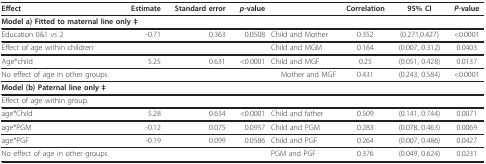
<table><thead><tr><td><b>Effect</b></td><td><b>Estimate</b></td><td><b>Standard error</b></td><td><b><i>p</i>-value</b></td><td></td><td><b>Correlation</b></td><td><b>95% CI</b></td><td><b><i>P</i>-value</b></td></tr></thead><tbody><tr><td colspan="8"><b>Model a) Fitted to maternal line only ‡</b></td></tr><tr><td>Education 0&amp;1 vs 2</td><td>-0.71</td><td>0.363</td><td>0.0508</td><td>Child and Mother</td><td>0.352</td><td>(0.271,0.427)</td><td>&lt;0.0001</td></tr><tr><td>Effect of age within children</td><td></td><td></td><td></td><td>Child and MGM</td><td>0.164</td><td>(0.007, 0.312)</td><td>0.0403</td></tr><tr><td>Age*child</td><td>5.25</td><td>0.631</td><td>&lt;0.0001</td><td>Child and MGF</td><td>0.25</td><td>(0.051, 0.428)</td><td>0.0137</td></tr><tr><td>No effect of age in other groups.</td><td></td><td></td><td></td><td>Mother and MGF</td><td>0.431</td><td>(0.243, 0.584)</td><td>&lt;0.0001</td></tr><tr><td colspan="8"><b>Model (b) Paternal line only ‡</b></td></tr><tr><td colspan="8">Effect of age within group.</td></tr><tr><td>age*Child</td><td>5.28</td><td>0.634</td><td>&lt;0.0001</td><td>Child and father</td><td>0.509</td><td>(0.141, 0.744)</td><td>0.0071</td></tr><tr><td>age*PGM</td><td>-0.12</td><td>0.075</td><td>0.0957</td><td>Child and PGM</td><td>0.283</td><td>(0.078, 0.463)</td><td>0.0069</td></tr><tr><td>age*PGF</td><td>-0.19</td><td>0.099</td><td>0.0586</td><td>Child and PGF</td><td>0.264</td><td>(0.007, 0.486)</td><td>0.0427</td></tr><tr><td>No effect of age in other groups.</td><td></td><td></td><td></td><td>PGM and PGF</td><td>0.376</td><td>(0.049, 0.624)</td><td>0.0231</td></tr></tbody></table>